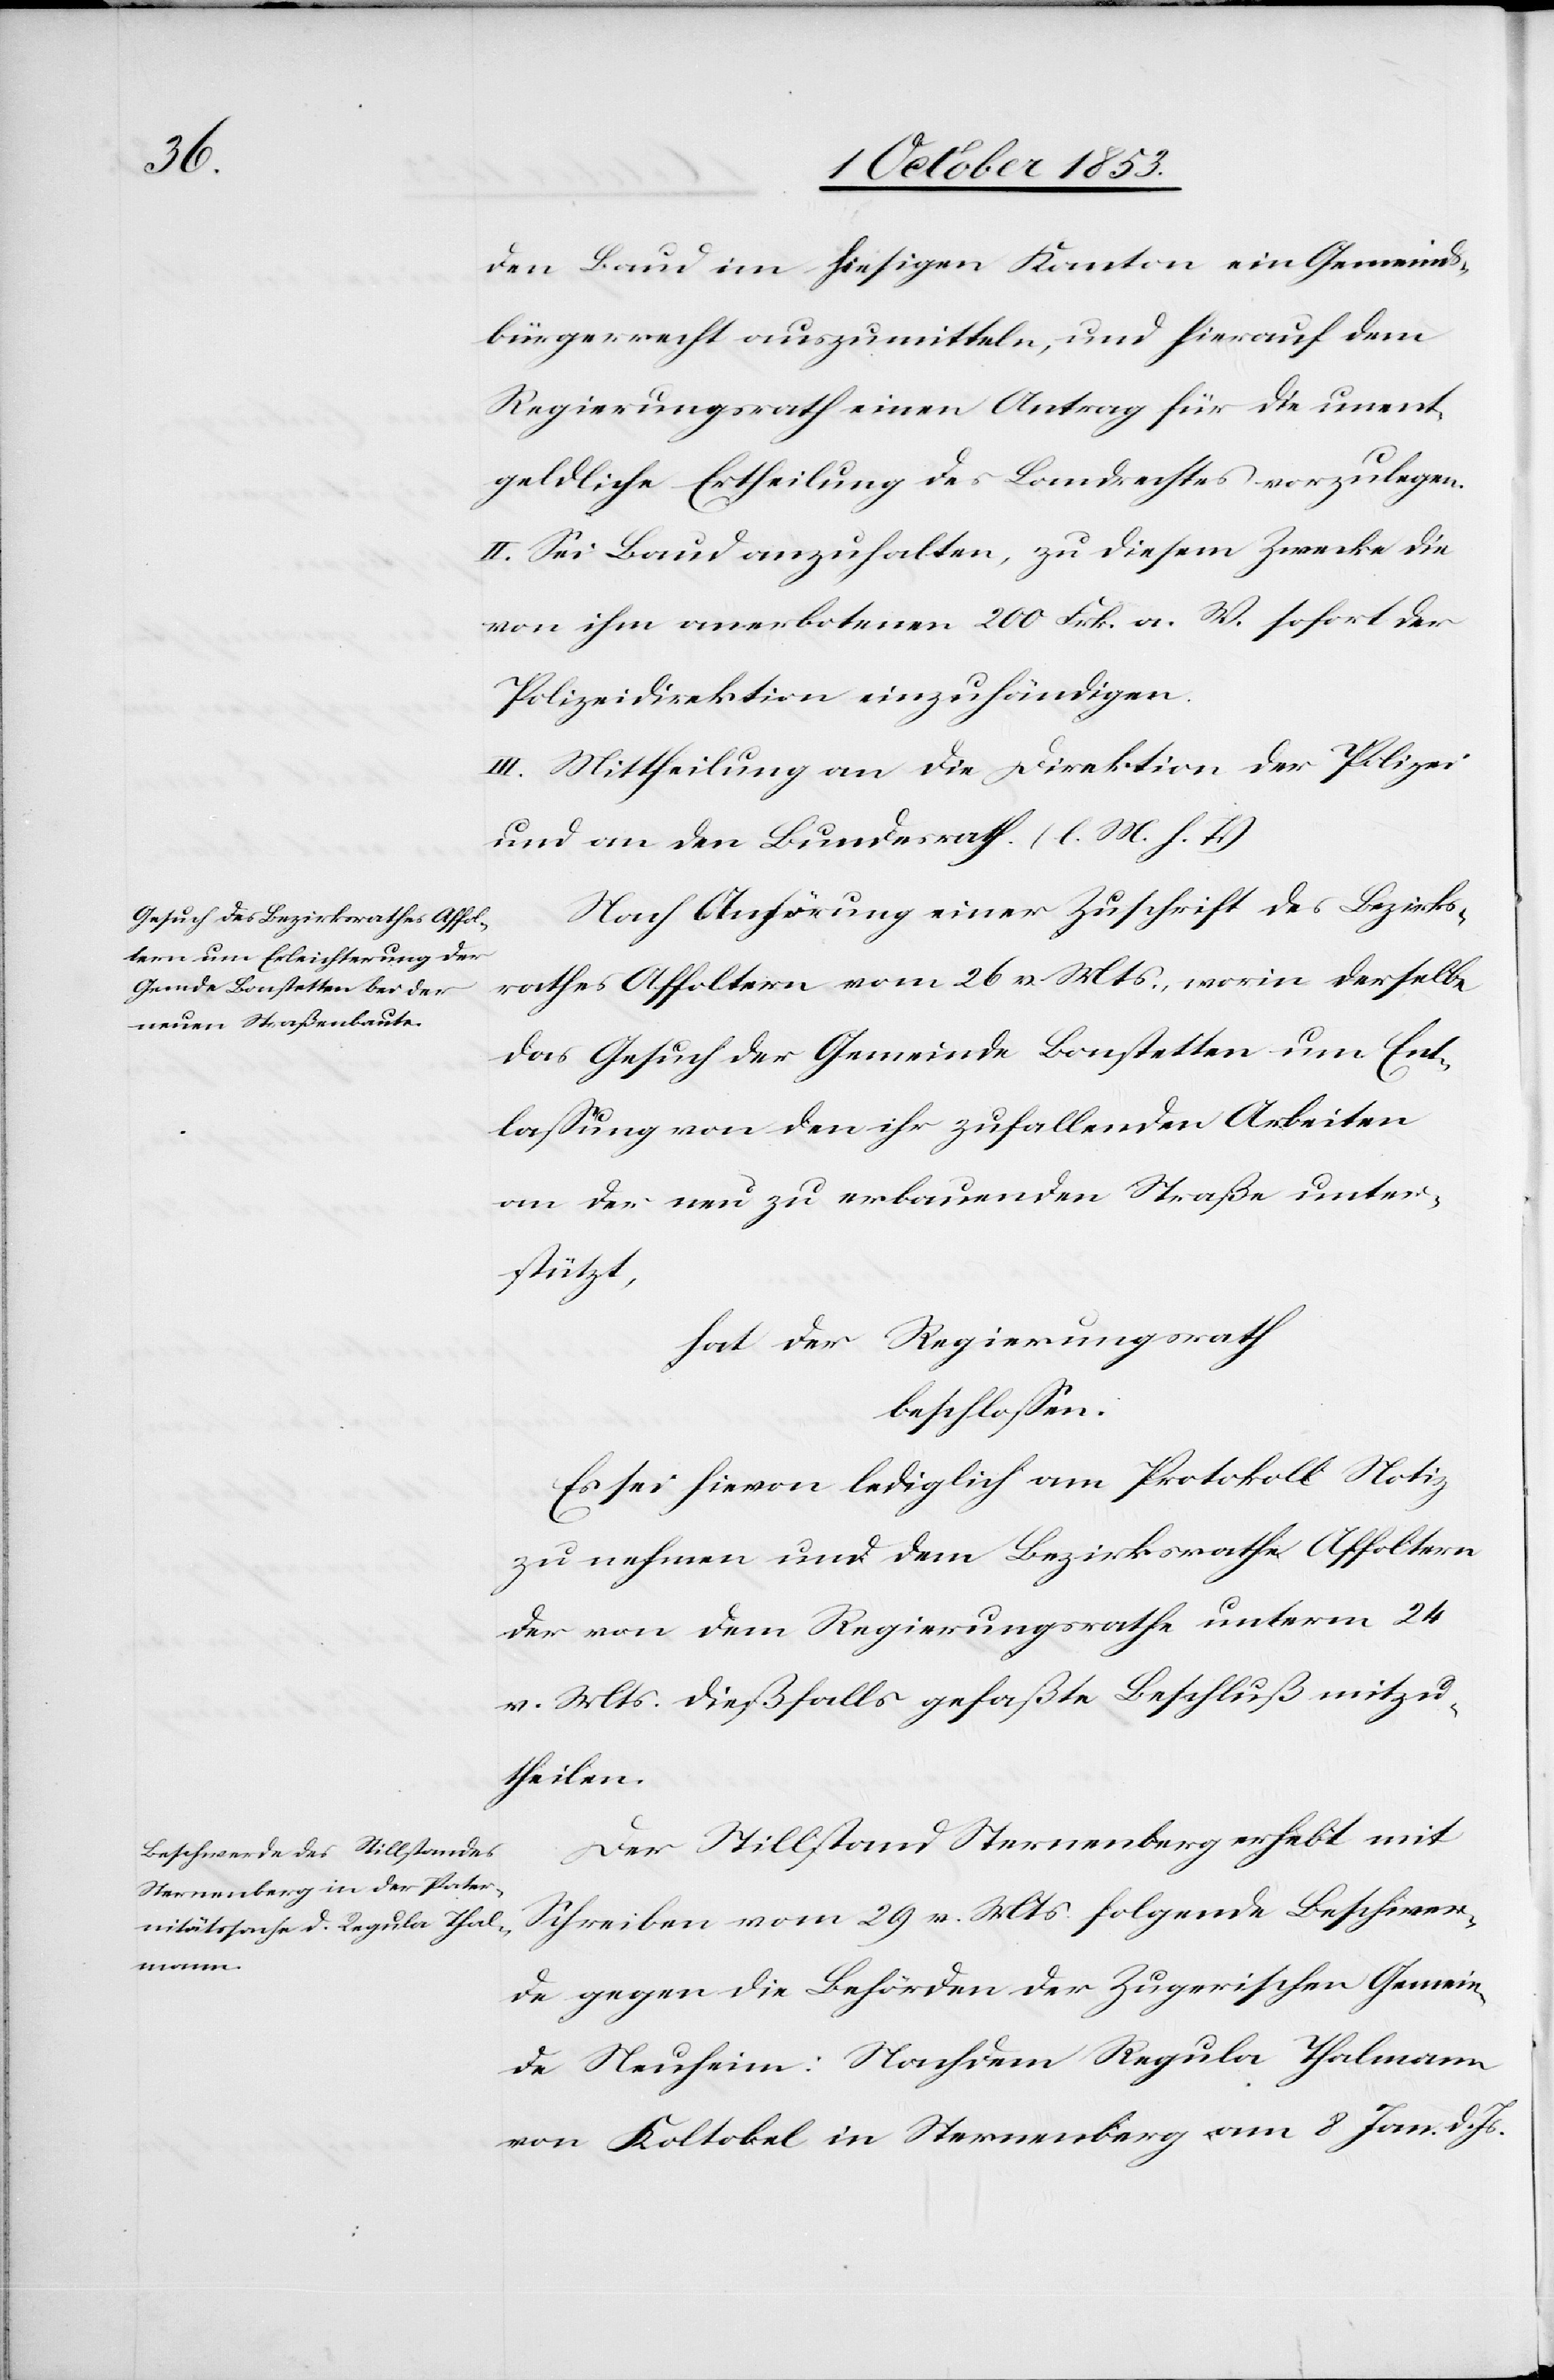
den Baud im hiesigen Kanton ein Gemeinds¬
bürgerrecht auszumitteln, und hierauf dem
Regierungsrathe einen Antrag für die unent¬
geldliche Ertheilung des Landrechtes vorzulegen.
II. Sei Baud anzuhalten, zu diesem Zwecke die
von ihm anerbotenen 200 Frk. a. W. sofort der
Polizeidirektion einzuhändigen.
III. Mittheilung an die Direktion der Polizei
und an den Bundesrath. [l. M. h. T]
Nach Anhörung einer Zuschrift des Bezirks¬
rathes Affoltern vom 26 v. Mts., worin derselbe
das Gesuch der Gemeinde Bonstetten um Ent¬
laßung von den ihr zufallenden Arbeiten
an der neu zu erbauenden Straße unter¬
stützt,
hat der Regierungsrath
beschloßen.
Es sei hievon lediglich am Protokoll Notiz
zu nehmen und dem Bezirksrathe Affoltern
der von dem Regierungsrathe unterm 24
v. Mts. dießfalls gefaßte Beschluß mitzu¬
theilen.
Der Stillstand Sternenberg erhebt mit
Schreiben vom 29 v. Mts. folgende Beschwer¬
de gegen die Behörden der Zugerischen Gemein¬
de Neuschein. Nachdem Regula Thalmann
von Koltobel in Sternenberg am 8 Jan. d. Js.